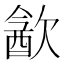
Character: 㱃